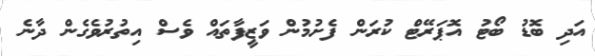
އަދި ބޮޑު ބޯޓު އޮޕަރޭޓް ކުރަން ފެށުމުން ވަޒީފާތައް ވެސް އިތުރުވެގެން ދާނެ